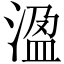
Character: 溋